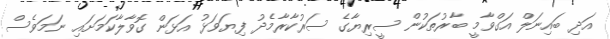
އަދި ބައިނަލް އަގްވާމީ ބާރުތަކުން ސީރިޔާގެ ސަރުކާރާމެދު ފިޔަވަޅު އަޅަން ގޮވާލާކަމަށައި ނަމަވެސް